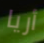
أريا